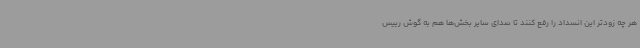
هر چه زودتر این انسداد را رفع کنند تا صدای سایر بخش‌ها هم به گوش رییس